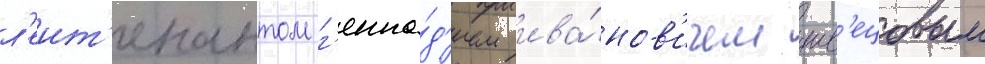
л'еит'енантом г'енна́д'ием ива́нов'ичем шв'ецовым